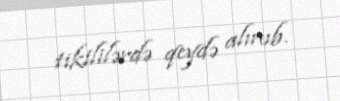
tikililərdə qeydə alınıb.